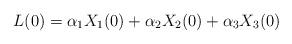
LaTeX: \begin{align*} L(0)=\alpha_1X_1(0)+\alpha_2X_2(0)+\alpha_3X_3(0)\end{align*}